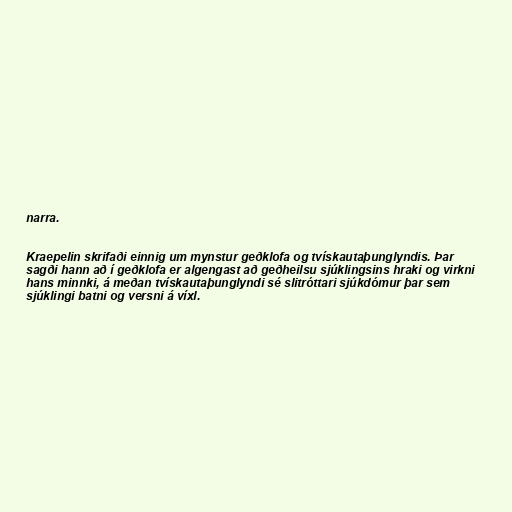
narra.

Kraepelin skrifaði einnig um mynstur geðklofa og tvískautaþunglyndis. Þar
sagði hann að í geðklofa er algengast að geðheilsu sjúklingsins hraki og virkni
hans minnki, á meðan tvískautaþunglyndi sé slitróttari sjúkdómur þar sem
sjúklingi batni og versni á víxl.